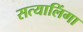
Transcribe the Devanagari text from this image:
सत्यालिंगा